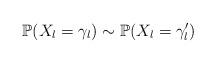
LaTeX: \begin{align*}\mathbb{P}(X_{l}=\gamma_{l})\sim\mathbb{P}(X_{l}=\gamma_{l}^{\prime})\end{align*}